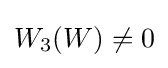
W_{3}(W)\neq 0